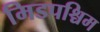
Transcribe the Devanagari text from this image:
मिडपश्चिम